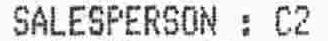
SALESPERSON : C2